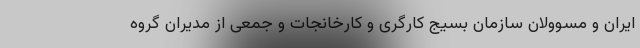
ایران و مسوولان سازمان بسیج کارگری و کارخانجات و جمعی از مدیران گروه